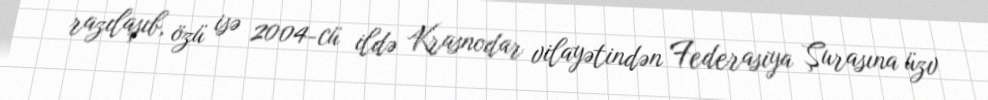
razılaşıb, özü isə 2004-cü ildə Krasnodar vilayətindən Federasiya Şurasına üzv